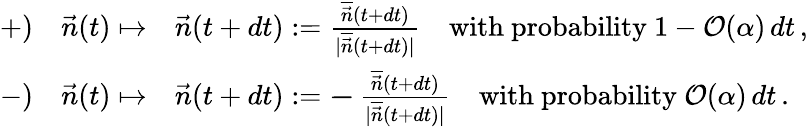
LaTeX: \begin{array}{rl}{{+})\quad\vec{n}(t)\mapsto}&{\vec{n}(t+dt):=\frac{\overline{{\vec{n}}}(t+dt)}{|\overline{{\vec{n}}}(t+dt)|}\quad\mathrm{with~probability~}1-\mathcal{O}(\alpha)\, dt\, ,}\\ {{-})\quad\vec{n}(t)\mapsto}&{\vec{n}(t+dt):=\mathbf{-}\, \frac{\overline{{\vec{n}}}(t+dt)}{|\overline{{\vec{n}}}(t+dt)|}\quad\mathrm{with~probability~}\mathcal{O}(\alpha)\, dt\, .}\end{array}